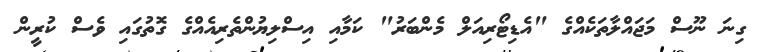
ގިނަ ނޫސް މަޖައްލާތަކެއްގެ "އެޑިޓޯރިއަލް މެންބަރު" ކަމާއި އިސްލިޔުންތެރިއެއްގެ ގޮތުގައި ވެސް ކުރީން